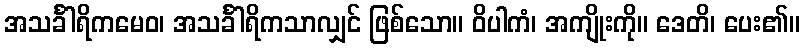
အသင်္ခါရိကမေဝ၊ အသင်္ခါရိကသာလျှင် ဖြစ်သော။ ဝိပါကံ၊ အကျိုးကို။ ဒေတိ၊ ပေး၏။